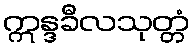
ဣန္ဒခီလသုတ္တံ